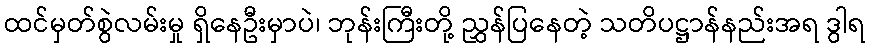
ထင်မှတ်စွဲလမ်းမှု ရှိနေဦးမှာပဲ၊ ဘုန်းကြီးတို့ ညွှန်ပြနေတဲ့ သတိပဋ္ဌာန်နည်းအရ ဒွါရ